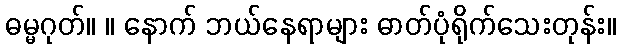
ဓမ္မဂုတ်။ ။ နောက် ဘယ်နေရာများ ဓာတ်ပုံရိုက်သေးတုန်း။